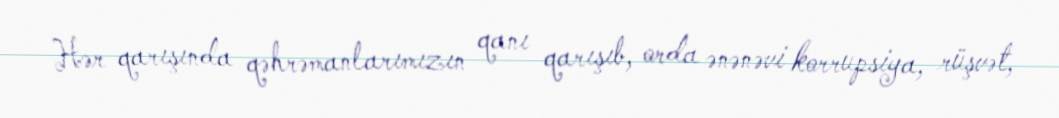
Hər qarışında qəhrəmanlarımızın qanı qarışıb, orda ənənəvi korrupsiya, rüşvət,